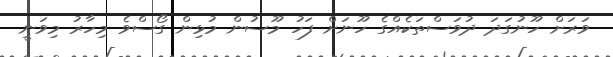
ވަރަށް ހޫނުގަދަ ދުވަސްތަކެއްގެ ހޫނަށް ފަހު މޫސުން މުޅިން ގޯސްވެ މިހާރު މިވަނީ